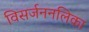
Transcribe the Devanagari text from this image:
विसर्जननलिका